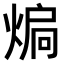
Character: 𭵚